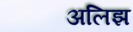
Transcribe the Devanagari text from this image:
अलिझ